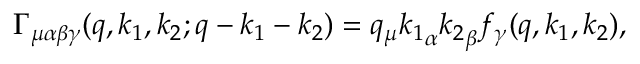
\Gamma _ { \mu \alpha \beta \gamma } ( q , k _ { 1 } , k _ { 2 } ; q - k _ { 1 } - k _ { 2 } ) = q _ { \mu } { k _ { 1 } } _ { \alpha } { k _ { 2 } } _ { \beta } f _ { \gamma } ( q , k _ { 1 } , k _ { 2 } ) ,